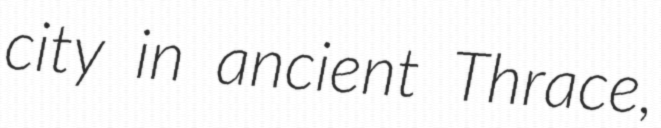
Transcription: city in ancient Thrace,